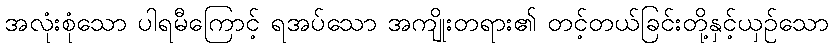
အလုံးစုံသော ပါရမီကြောင့် ရအပ်သော အကျိုးတရား၏ တင့်တယ်ခြင်းတို့နှင့်ယှဉ်သော